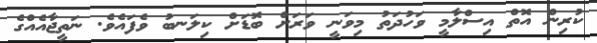
ކުރިން އޮތް އިސްލާމީ ވަހުދަތު މިވަނީ ވަރަށް ބޮޑަށް ކިލަނބު ވެފައެވެ. ނަތީޖާއެއްގެ